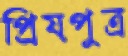
প্রিয়পুত্র